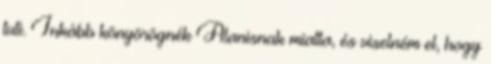
tuti. Inkább könyörögnék Alanisnak miatta, és viselném el, hogy